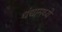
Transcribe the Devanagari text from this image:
धंद्यामध्ये